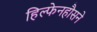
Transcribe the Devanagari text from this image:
हिल्फेनहौसने